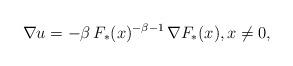
LaTeX: \begin{align*}\nabla u=-\beta\, F_*(x)^{-\beta-1}\,\nabla F_*(x),x\not=0,\end{align*}